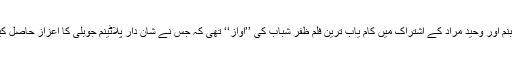
شبنم اور وحید مراد کے اشتراک میں کام یاب ترین فلم ظفر شباب کی ’’آواز‘‘ تھی کہ جس نے شان دار پلاٹینم جوبلی کا اعزاز حاصل کیا۔